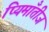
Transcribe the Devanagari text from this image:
प्यिमाँतीज